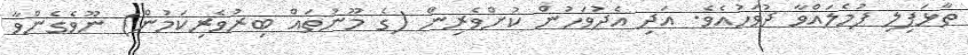
ތާޅަފިލި ފުމެލައްވާ ދުވަހުއެވެ. އަދި އެދުވަހުން ކުށްވެރިން (ގެ މޫނުތައް ބިރުވެރިކަމުން) ނޫވެގެންވާ